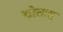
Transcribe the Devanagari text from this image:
कोताह